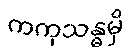
ကကုသန္ဓမှိ